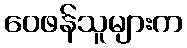
ဝေဖန်သူများက